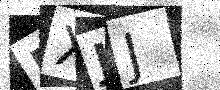
Text: RXJJ